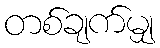
တစ်ချက်မျှ